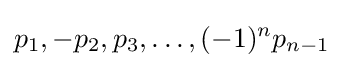
p_{1},-p_{2},p_{3},\ldots ,(-1)^{n}p_{n-1}